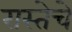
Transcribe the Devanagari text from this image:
रास्तेचे